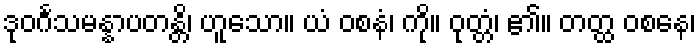
ဒုဝင်္ဂသမန္နာပတန္တိ၊ ဟူသော။ ယံ ဝစနံ၊ ကို။ ဝုတ္တံ၊ ၏။ တတ္ထ ဝစနေ၊